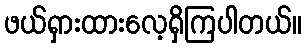
ဖယ်ရှားထားလေ့ရှိကြပါတယ်။